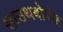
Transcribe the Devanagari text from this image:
साउथबोरोह